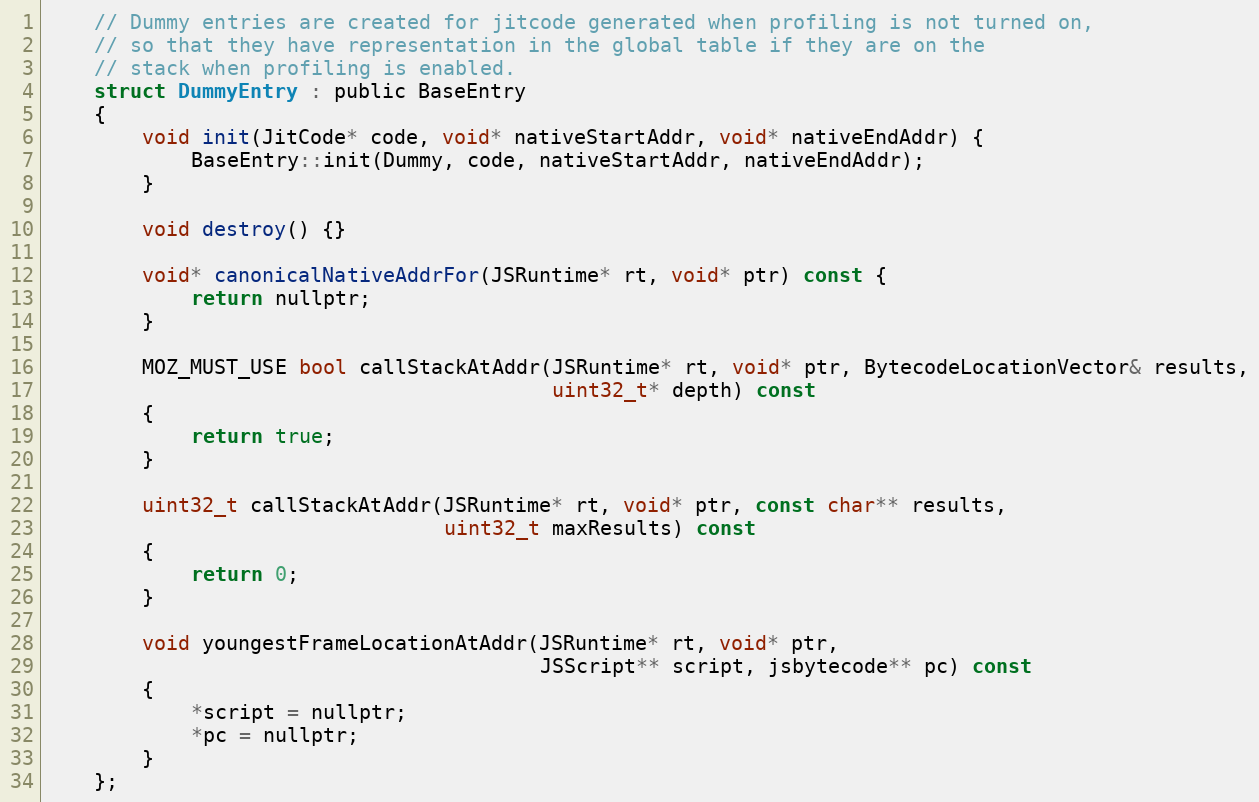
Language: C
    // Dummy entries are created for jitcode generated when profiling is not turned on,
    // so that they have representation in the global table if they are on the
    // stack when profiling is enabled.
    struct DummyEntry : public BaseEntry
    {
        void init(JitCode* code, void* nativeStartAddr, void* nativeEndAddr) {
            BaseEntry::init(Dummy, code, nativeStartAddr, nativeEndAddr);
        }

        void destroy() {}

        void* canonicalNativeAddrFor(JSRuntime* rt, void* ptr) const {
            return nullptr;
        }

        MOZ_MUST_USE bool callStackAtAddr(JSRuntime* rt, void* ptr, BytecodeLocationVector& results,
                                          uint32_t* depth) const
        {
            return true;
        }

        uint32_t callStackAtAddr(JSRuntime* rt, void* ptr, const char** results,
                                 uint32_t maxResults) const
        {
            return 0;
        }

        void youngestFrameLocationAtAddr(JSRuntime* rt, void* ptr,
                                         JSScript** script, jsbytecode** pc) const
        {
            *script = nullptr;
            *pc = nullptr;
        }
    };